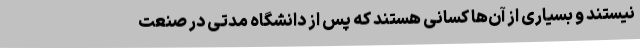
نیستند و بسیاری از آن‌ها کسانی هستند که پس از دانشگاه مدتی در صنعت